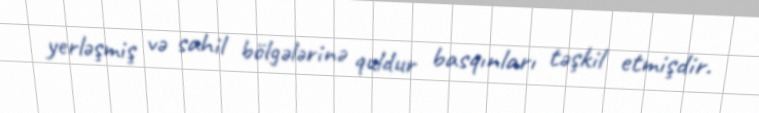
yerləşmiş və sahil bölgələrinə quldur basqınları təşkil etmişdir.